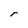
Character: r